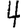
Digit: 4